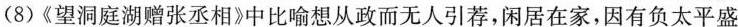
(8)《望洞庭湖赠张丞相》中比喻想从政而无人引荐，闲居在家，因有负太平